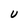
Character: U